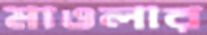
মাওলার